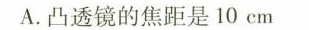
A.凸透镜的焦距是10cm